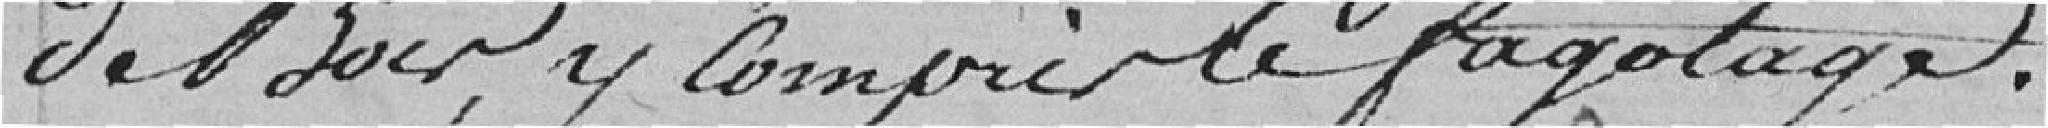
de bois y compris le fagotage.